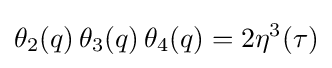
\theta _{2}(q)\,\theta _{3}(q)\,\theta _{4}(q)=2\eta ^{3}(\tau )